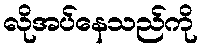
လိုအပ်နေသည်ကို